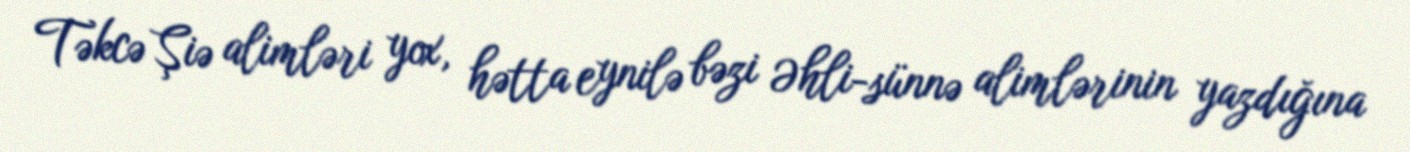
Təkcə Şiə alimləri yox, hətta eynilə bəzi Əhli-sünnə alimlərinin yazdığına